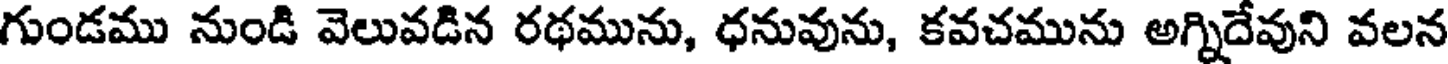
గుండము నుండి వెలువడిన రథమును, ధనువును, కవచమును అగ్నిదేవుని వలన